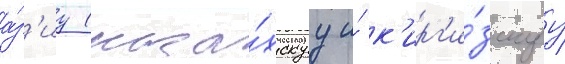
а́з'иу (каза́хскуу и́ к'ирг'и́зскуу